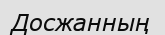
Досжанның